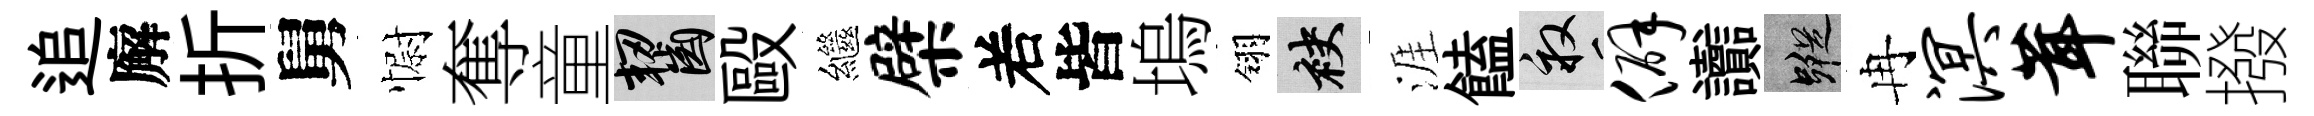
追廨折舅𢠢奪童齧毆繼檗𠰥皆塢翎袂涯饁畝僻讟蹤冉溟茸聯撥